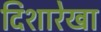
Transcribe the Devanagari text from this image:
दिशारेखा